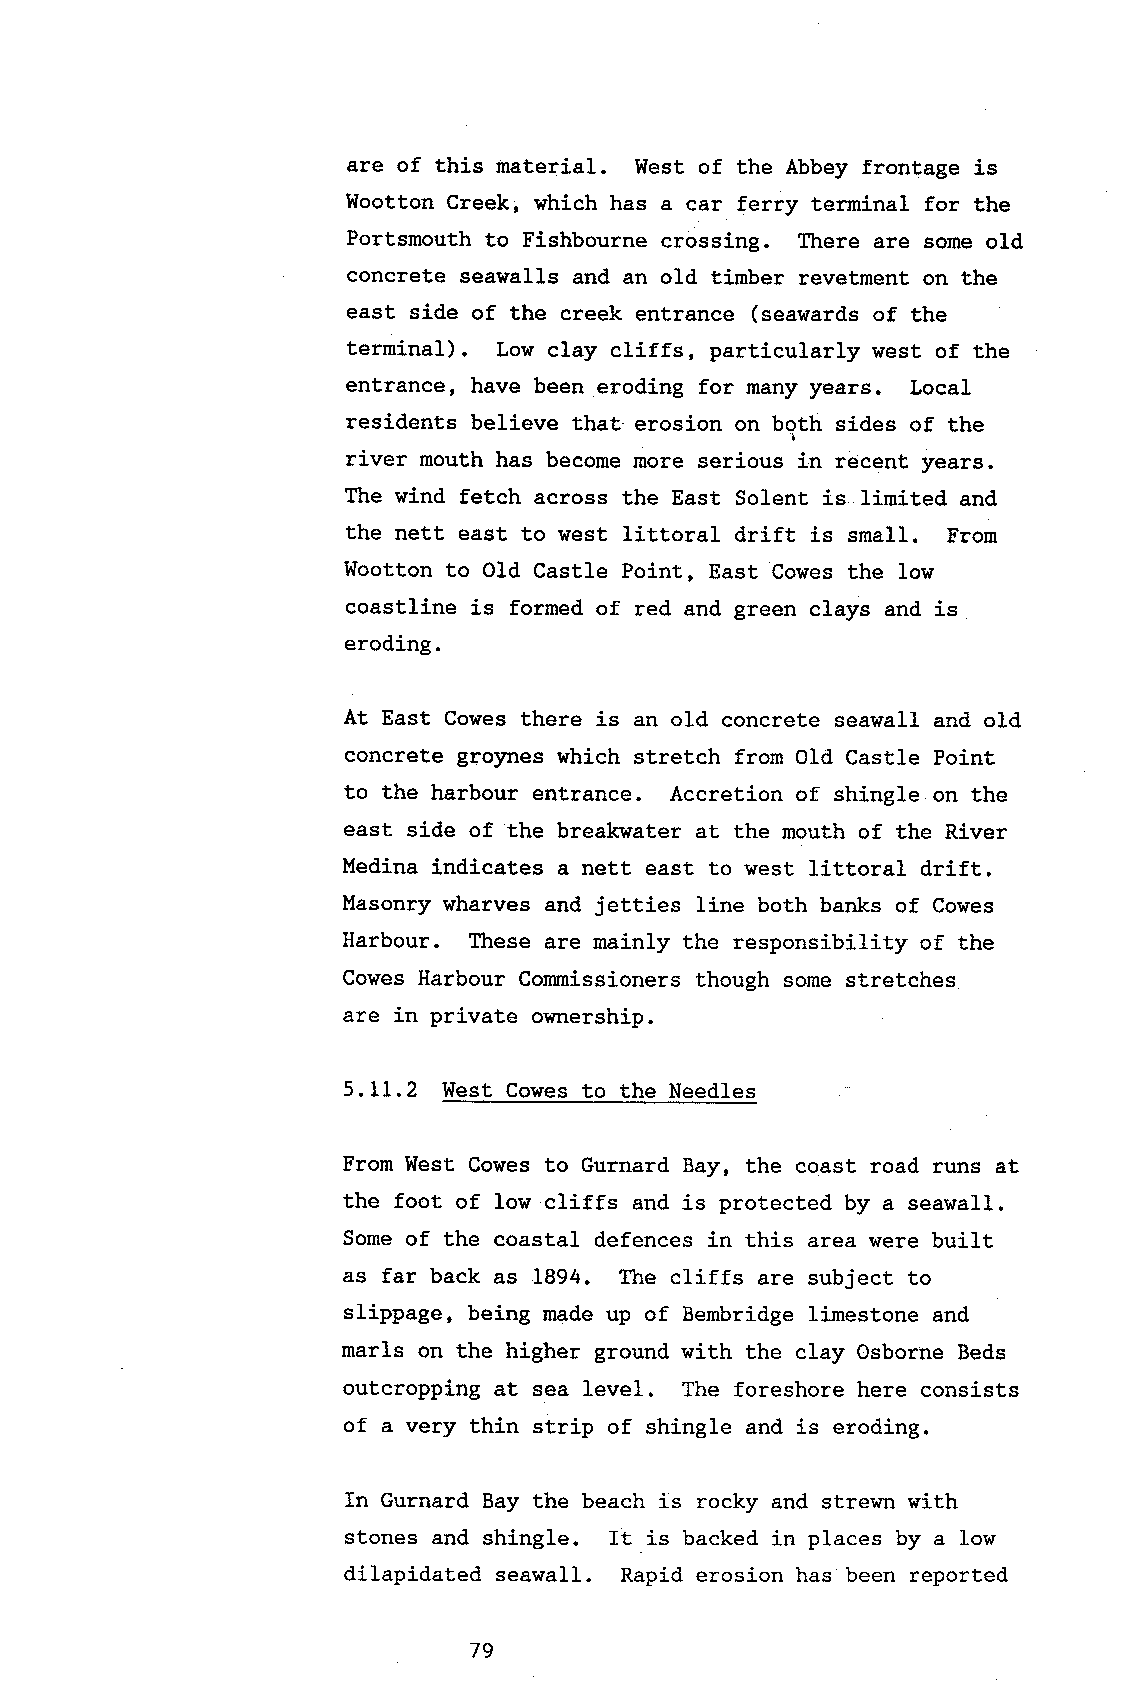
are of this material. West of the Abbey frontage is
 Wootton Creek, which has a car ferry terminal for the
 Portsmouth to Fishbourne crossing. There are some old
 concrete seawalls and an old tinber revetment on the
 east side of the creek entrance (seawards of the
 terminal). Low clay cliffs, particularly west of the
 entrance, have been eroding for many years. Local
 residents believe that erosion on both sides of the
 river mouth has become more serious in recent years.
 The wind fetch across the East Solent is linited and
 the net.t east to west littoral drift is snall. From
 Wootton to Old Castle Point, East Cowes the low
 coastline is formed of red and green clays and is
 eroding.
 At East Cowes there is an old concrete seawall and old
 concrete groynes which stretch from Old Castle Point
 to the harbour entrance. Accretion of shingle on the
 east side of the breakwater at the mouth of the River
 Medina indicates a nett east to west littoral drift.
 Masonry wharves and jetties line both banks of Cowes
 Harbour. These are mainly the responsibility of the
 Cowes Harbour Commissioners Lhough some stretches
 are in private ovnership.
 5.11.2 West Cowest o the Needles
 From West Cowes to Gurnard Bay, the coast road runs at
 the foot of low cliffs and is protected by a seawall.
 Some of the coastal defences in this area were built
 as far back as 1894. Ihe cliffs are subject to
 slippage, being made up of Bembridge limestone and
 marls on the higher ground with the clay Osborne Beds
 outcropping at sea }eve1. The foreshore here consists
 of a very thin strip of shingle and is eroding.
 In Gurnard Bay the beach is rocky and strewn with
 stones and shingle. It is backed in places by a low
 dilapidated seawall. Rapid erosion has been reported
 79